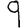
Digit: 9